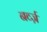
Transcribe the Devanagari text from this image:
नर्व्ज़